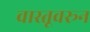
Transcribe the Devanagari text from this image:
वास्तूवरून